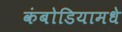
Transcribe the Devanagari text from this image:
कंबोडियामधे